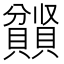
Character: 𫎤